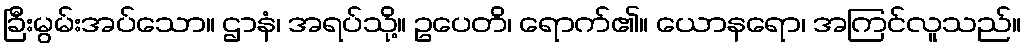
ခြီးမွမ်းအပ်သော။ ဌာနံ၊ အရပ်သို့။ ဥပေတိ၊ ရောက်၏။ ယောနရော၊ အကြင်လူသည်။